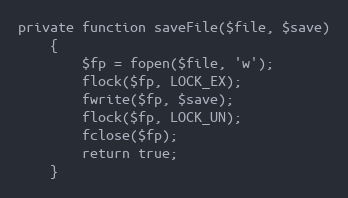
Language: PHP
private function saveFile($file, $save)
	{
		$fp = fopen($file, 'w');
		flock($fp, LOCK_EX);
		fwrite($fp, $save);
		flock($fp, LOCK_UN);
		fclose($fp);
		return true;
	}